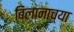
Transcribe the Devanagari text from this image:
बिलानाच्या